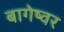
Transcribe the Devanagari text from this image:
बागेष्वर